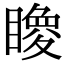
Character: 𥋂